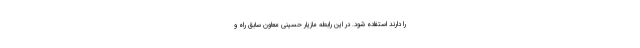
را دارند استفاده شود. در این رابطه مازیار حسینی معاون سابق راه و